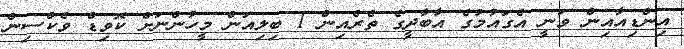
އިންޑިއާއިން ވަނީ އެގައުމުގެ އާބާދީގެ ތެރެއިން 1 ބިލިއަން މީހުންނަށް ކޮވިޑް ވެކްސިން